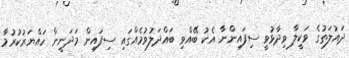
ދައުލަތުގެ ވަކީލާ ވިދާޅުވީ ސިފައިންނާ އެކު ބޭއްވި ބައްދަލުވުމެއްގައި ސިފައިން މަދަނީން ހައްޔަރުކުރުމާ